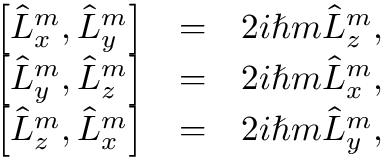
\begin{array} { r l r } { \left[ \hat { L } _ { x } ^ { m } , \hat { L } _ { y } ^ { m } \right] } & { = } & { 2 i \hbar m \hat { L } _ { z } ^ { m } , } \\ { \left[ \hat { L } _ { y } ^ { m } , \hat { L } _ { z } ^ { m } \right] } & { = } & { 2 i \hbar m \hat { L } _ { x } ^ { m } , } \\ { \left[ \hat { L } _ { z } ^ { m } , \hat { L } _ { x } ^ { m } \right] } & { = } & { 2 i \hbar m \hat { L } _ { y } ^ { m } , } \end{array}